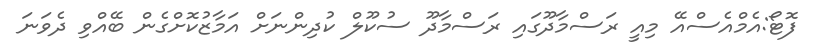
ފޮޓޯ:އެމްއެސްއޭ މިއީ ރަސްމާދޫގައި ރަސްމާދޫ ސުކޫލް ކުދިންނަށް އަމާޒުކޮށްގެން ބޭއްވި ދެވަނަ